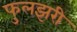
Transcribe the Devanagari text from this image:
फुलझरी